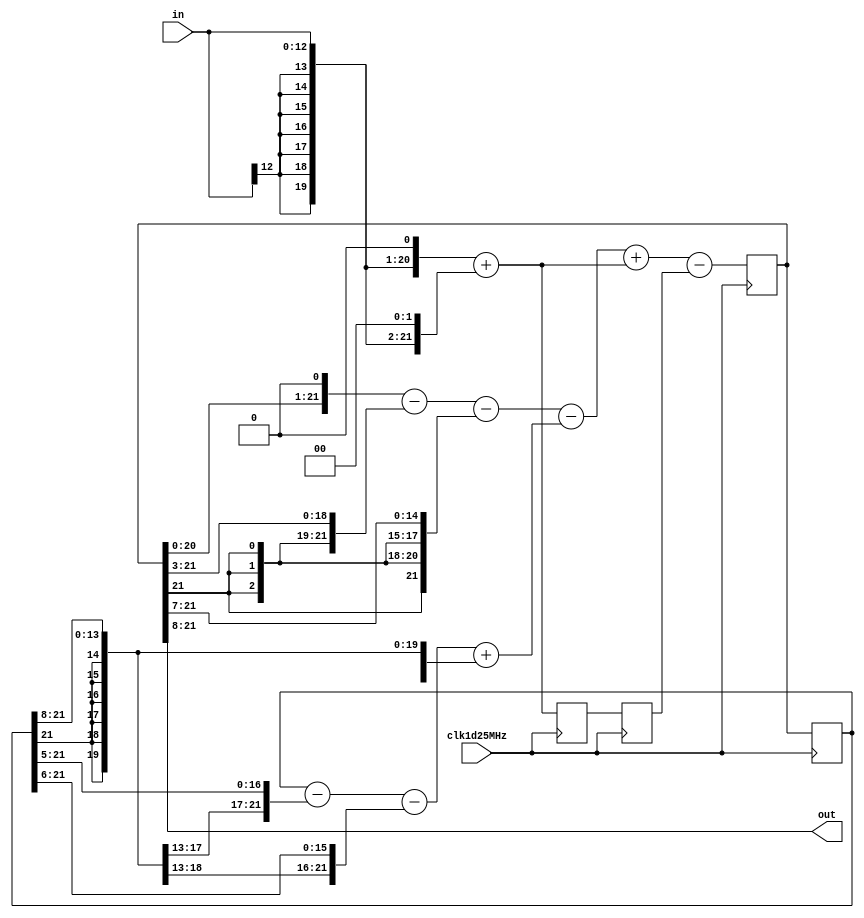
module BPF60kHz(out, in, clk1d25MHz);
input clk1d25MHz;
input signed [12:0] in;
output signed [13:0] out;
assign out=u256[21:8];
// 478=512-32-2=(2-1/8-1/128)*256
// 245=256-8-4+1=(1-1/32-1/64+1/256)*256
wire signed [21:0] u478, u245_1, in6;
assign in6={{8{in[12]}},in,1'b0}+{{7{in[12]}},in,2'b0};
assign u478={u256[20:0],1'b0}-{{3{u256[21]}},u256[21:3]}-{{7{u256[21]}},u256[21:7]};
assign u245_1=u256_1-{{5{u256_1[21]}},u256_1[21:5]}-{{6{u256_1[21]}},u256_1[21:6]}
              +{{8{u256_1[21]}},u256_1[21:8]};
reg signed [21:0] u256, u256_1,in6_1, in6_2;
always @(posedge clk1d25MHz) begin
    u256_1<=u256;
	 u256<=u478-u245_1+in6-in6_2;
	 in6_2<=in6_1;
	 in6_1<=in6;
end

endmodule